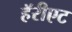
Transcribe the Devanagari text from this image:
हॅरीएट